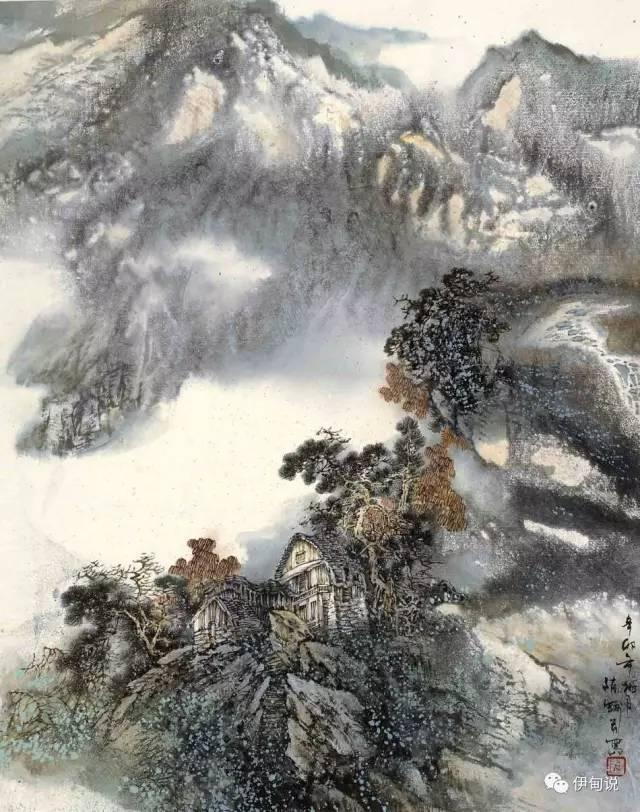
边月随弓影，胡霜拂剑花。